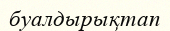
буалдырықтап